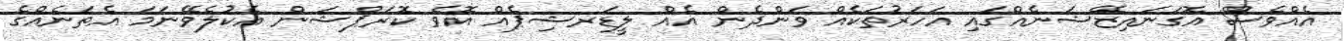
އެއްވެސް އޮގަނައިޒޭޝަނެއްގައި އަހަރުތަކެއް ވަންދެން އެއް ލީޑަރޝިޕެއް އޮވެ ކޮރަޕްޝަން އެކުލެވޭނަމަ އެތަނެއްގެ